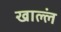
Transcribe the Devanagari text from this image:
खाल्लं